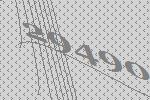
29490